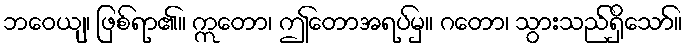
ဘဝေယျ၊ ဖြစ်ရာ၏။ ဣတော၊ ဤတောအရပ်မှ။ ဂတော၊ သွားသည်ရှိသော်။